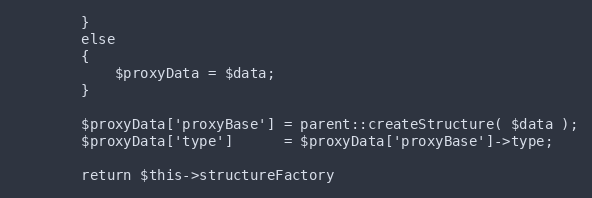
Language: PHP
        }
        else
        {
            $proxyData = $data;
        }

        $proxyData['proxyBase'] = parent::createStructure( $data );
        $proxyData['type']      = $proxyData['proxyBase']->type;

        return $this->structureFactory